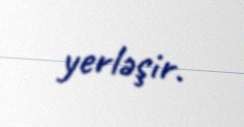
yerləşir.